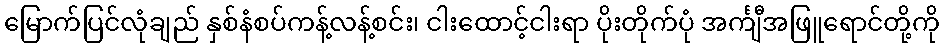
မြောက်ပြင်လုံချည် နှစ်နံစပ်ကန့်လန့်စင်း၊ ငါးထောင့်ငါးရာ ပိုးတိုက်ပုံ အင်္ကျီအဖြူရောင်တို့ကို